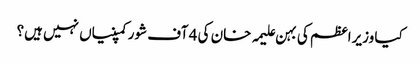
کیا وزیراعظم کی بہن علیمہ خان کی 4 آف شور کمپنیاں نہیں ہیں؟